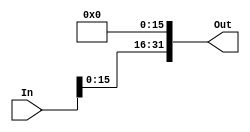

module Shift_left_16(In,Out);
input[31:0] In;
output[31:0] Out;
assign Out={ In,16'b0};
endmodule